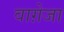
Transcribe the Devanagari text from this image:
वाग़ेजा